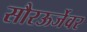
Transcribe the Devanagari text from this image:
सौरऊर्जेवर